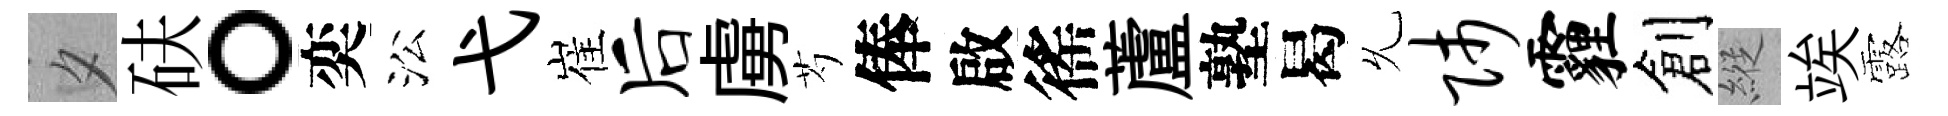
夕砆。奕㳂弋崔后虜芍俸啟徭蘆塾曷𠃔师霾創縱竢露